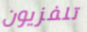
تلفزيون